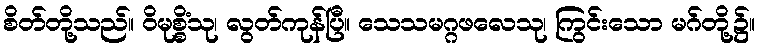
စိတ်တို့သည်။ ဝိမုစ္စိံသု၊ လွတ်ကုန်ပြီ။ သေသမဂ္ဂဖလေသု၊ ကြွင်းသော မဂ်တို့၌။